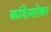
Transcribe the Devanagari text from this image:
कांदेस्तोबर